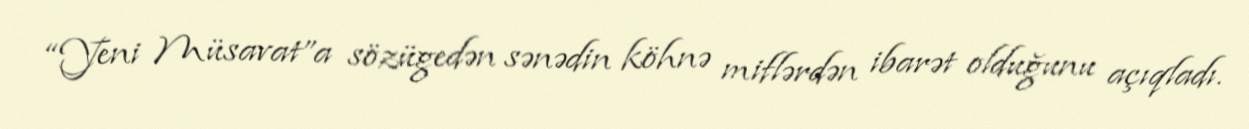
“Yeni Müsavat”a sözügedən sənədin köhnə miflərdən ibarət olduğunu açıqladı.